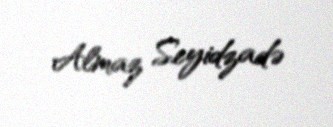
Almaz Seyidzadə